Note on the mental hospitals in Burma - 1925-1940
Year: 1925
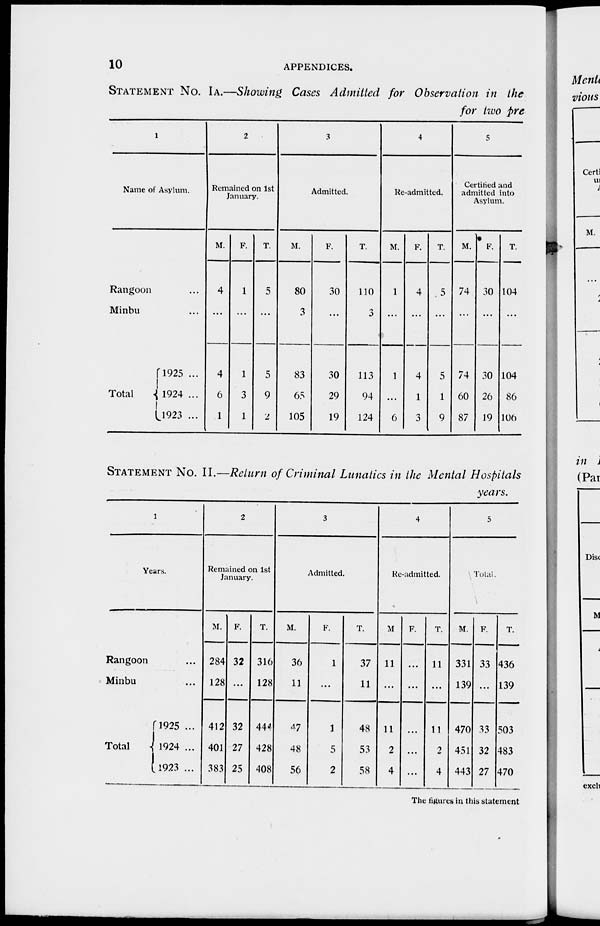
10
APPENDICES.
STATEMENT No. IA.—Showing Cases Admitted for Observation in the
for two pre
1
Name of Asylum.
Rangoon ...
Minbu ...
Total
1925 ...
1924 ...
1923 ...
2
Remained on 1st
January.
M.
4
...
4
6
1
F.
1
...
1
3
1
T.
5
...
5
9
2
3
Admitted.
M.
80
3
83
65
105
F.
30
...
30
29
19
T.
110
3
113
94
124
4
Re-admitted.
M.
1
...
1
...
6
F.
4
...
4
1
3
T.
5
...
5
1
9
5
Certified and
admitted into
Asylum.
M.
74
...
74
60
87
F.
30
...
30
26
19
T.
104
...
104
86
106
STATEMENT No. II.—Return of Criminal Lunatics in the Mental Hospitals
years.
1
Years.
Rangoon ..
Minbu ...
Total
1925 ...
1924 ...
1923 ...
2
Remained on 1st
January.
M.
284
128
412
401
383
F.
32
...
32
27
25
T.
316
128
444
428
408
3
Admitted.
M.
36
11
47
48
56
F.
1
...
1
5
2
T.
37
11
48
53
58
4
Re-admitted.
M
11
...
11
2
4
F.
...
...
...
...
...
T.
11
...
11
2
4
5
Total.
M.
331
139
470
451
443
F.
33
...
33
32
27
T.
436
139
503
483
470
The figures in this statement